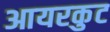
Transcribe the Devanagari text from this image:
आयरकुट